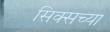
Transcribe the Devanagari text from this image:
सिक्सच्या